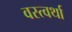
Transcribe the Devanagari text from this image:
वस्त्वर्था